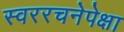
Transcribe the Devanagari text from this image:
स्वररचनेपेक्षा